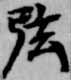
弦